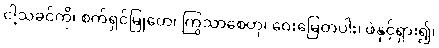
ငါ့သခင်ကို၊ စက်ရှင်မြုတေ၊ ကြွသာစေဟု၊ ဝေးမြေတပါး၊ ဖဲနှင့်ရှား၍၊